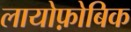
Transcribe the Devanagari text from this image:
लायोफ़ोबिक